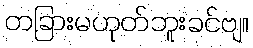
တခြားမဟုတ်ဘူးခင်ဗျ။